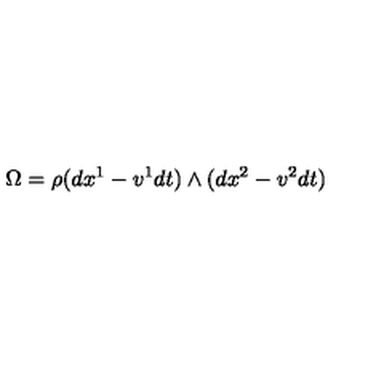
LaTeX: \Omega = \rho ( d x ^ { 1 } - v ^ { 1 } d t ) \land ( d x ^ { 2 } - v ^ { 2 } d t )